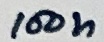
Text: 100n